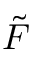
\tilde { F }